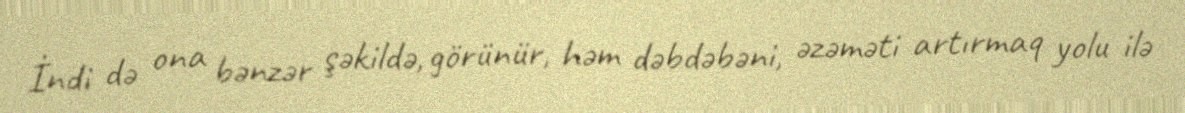
İndi də ona bənzər şəkildə, görünür, həm dəbdəbəni, əzəməti artırmaq yolu ilə